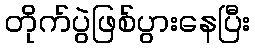
တိုက်ပွဲဖြစ်ပွားနေပြီး